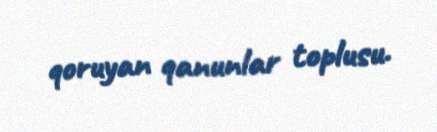
qoruyan qanunlar toplusu.